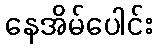
နေအိမ်ပေါင်း